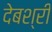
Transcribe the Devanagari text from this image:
देबश्री